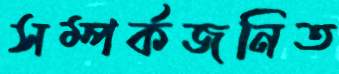
সম্পর্কজনিত